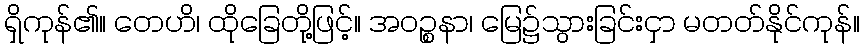
ရှိကုန်၏။ တေဟိ၊ ထိုခြေတို့ဖြင့်။ အဝဉ္စနာ၊ မြေ၌သွားခြင်းငှာ မတတ်နိုင်ကုန်။